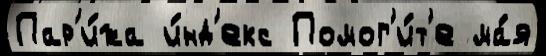
Пар'и́жа и́нд'екс Помог'и́т'е ма́я